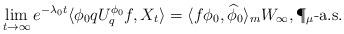
LaTeX: \begin{align*}\lim_{t\to\infty}e^{-\lambda_{0}t}\langle\phi_0qU^{\phi_0}_qf,X_t\rangle=\langle f\phi_0,{\widehat \phi}_0\rangle_m W_\infty, \P_{\mu}\mbox{-a.s.}\end{align*}